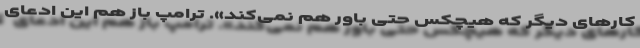
کارهای دیگر که هیچکس حتی باور هم نمی‌کند». ترامپ باز هم این ادعای